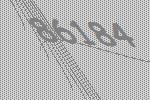
86184